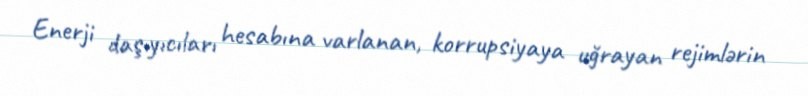
Enerji daşıyıcıları hesabına varlanan, korrupsiyaya uğrayan rejimlərin